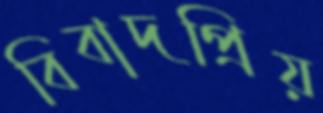
বিবাদপ্রিয়